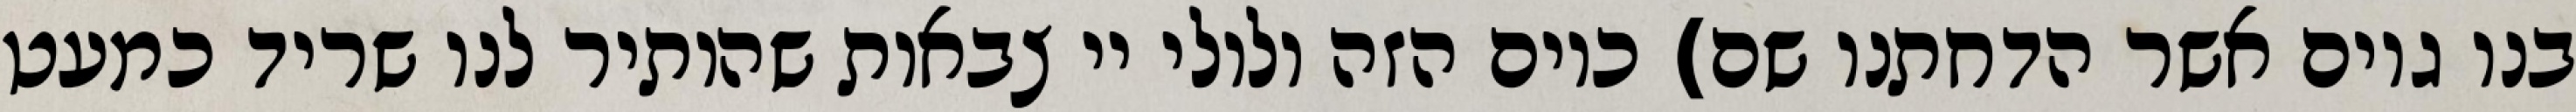
בנו גוים אשר הדחתנו שם) כיום הזה ולולי יי צבאות שהותיר לנו שריד כמעט